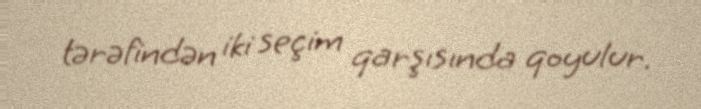
tərəfindən iki seçim qarşısında qoyulur.